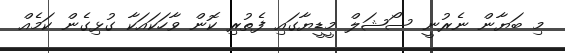
މި ބަޔާން ނެރުނީ ސޯޝަލް މީޑީޔާގައި ފެތުރި ކޮން ވާހަކައަކާ ގުޅިގެން ކަމެއް